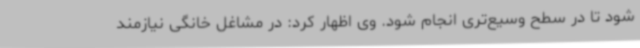
شود تا در سطح وسیع‌تری انجام شود. وی اظهار کرد: در مشاغل خانگی نیازمند